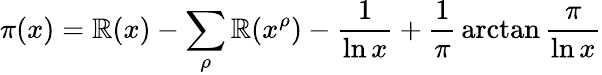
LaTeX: \pi(x)=\operatorname{\mathbb{R}}(x)-\sum_{\rho}\operatorname{\mathbb{R}}(x^{\rho})-{\frac{{1}}{{\ln{x}}}}+{\frac{{1}}{{\pi}}}\arctan{\frac{{\pi}}{{\ln{x}}}}